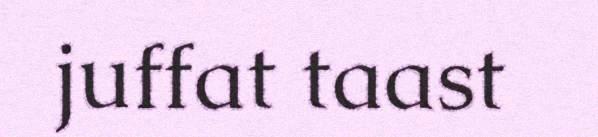
juffat taast